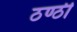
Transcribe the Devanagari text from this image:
ठण्ठी